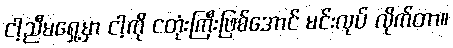
ငါ့ညီမရှေ့မှာ ငါ့ကို ငတုံးကြီးဖြစ်အောင် မင်းလုပ် လိုက်တာ။